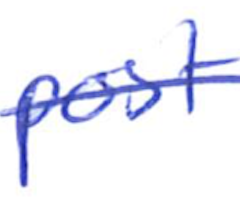
Text: post
Cross-out: single-line
Writing tool: ballpoint